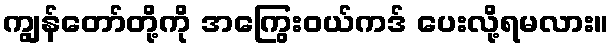
ကျွန်တော်တို့ကို အကြွေးဝယ်ကဒ် ပေးလို့ရမလား။